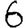
Digit: 6